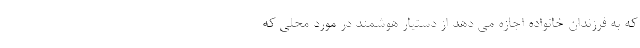
که به فرزندان خانواده اجازه می دهد از دستیار هوشمند در مورد محلی که